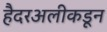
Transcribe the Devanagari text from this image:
हैदरअलीकडून